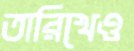
তারিখেও